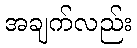
အချက်လည်း